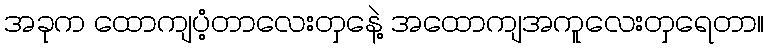
အခုက ထောကျပံ့တာလေးတှနေဲ့ အထောကျအကူလေးတှရေတာ။